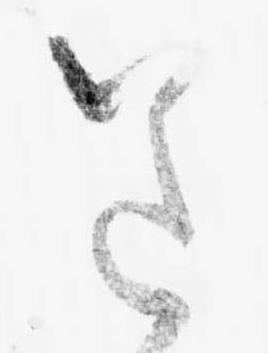
送